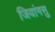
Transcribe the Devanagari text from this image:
जियांगसु